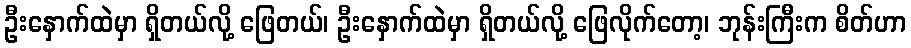
ဦးနှောက်ထဲမှာ ရှိတယ်လို့ ဖြေတယ်၊ ဦးနှောက်ထဲမှာ ရှိတယ်လို့ ဖြေလိုက်တော့၊ ဘုန်းကြီးက စိတ်ဟာ